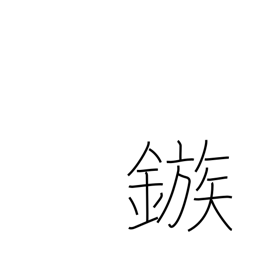
Meaning: barb